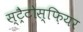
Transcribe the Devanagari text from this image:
स्ट्रैटोस्फ़ियर